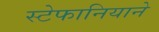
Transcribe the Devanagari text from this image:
स्टेफानियाने